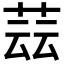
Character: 𦱚